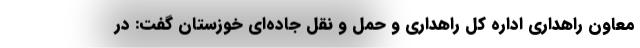
معاون راهداری اداره کل راهداری و حمل و نقل جاده‌ای خوزستان گفت: در